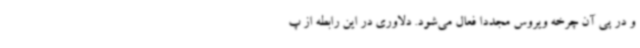
و در پی آن چرخه ویروس مجددا فعال می‌شود. دلاوری در این رابطه از پ